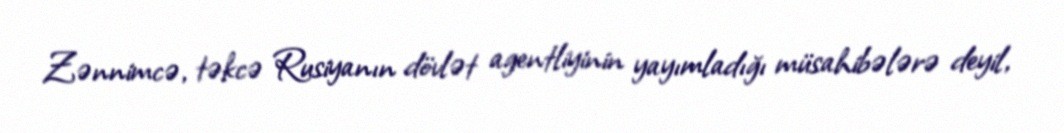
Zənnimcə, təkcə Rusiyanın dövlət agentliyinin yayımladığı müsahibələrə deyil,